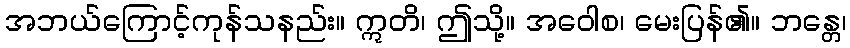
အဘယ်ကြောင့်ကုန်သနည်း။ ဣတိ၊ ဤသို့။ အဝေါစ၊ မေးပြန်၏။ ဘန္တေ၊